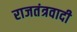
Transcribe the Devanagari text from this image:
राजतंत्रवादी